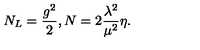
N _ { L } = \frac { g ^ { 2 } } { 2 } , N = 2 \frac { { \lambda } ^ { 2 } } { { \mu } ^ { 2 } } \eta .